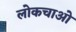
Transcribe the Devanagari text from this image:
लोकचाओ